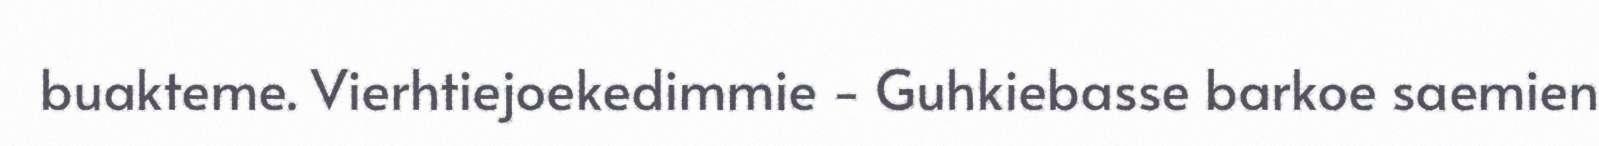
buakteme. Vierhtiejoekedimmie - Guhkiebasse barkoe saemien